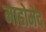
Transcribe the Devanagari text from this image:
माहोमेद